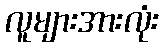
လူများအားလုံး